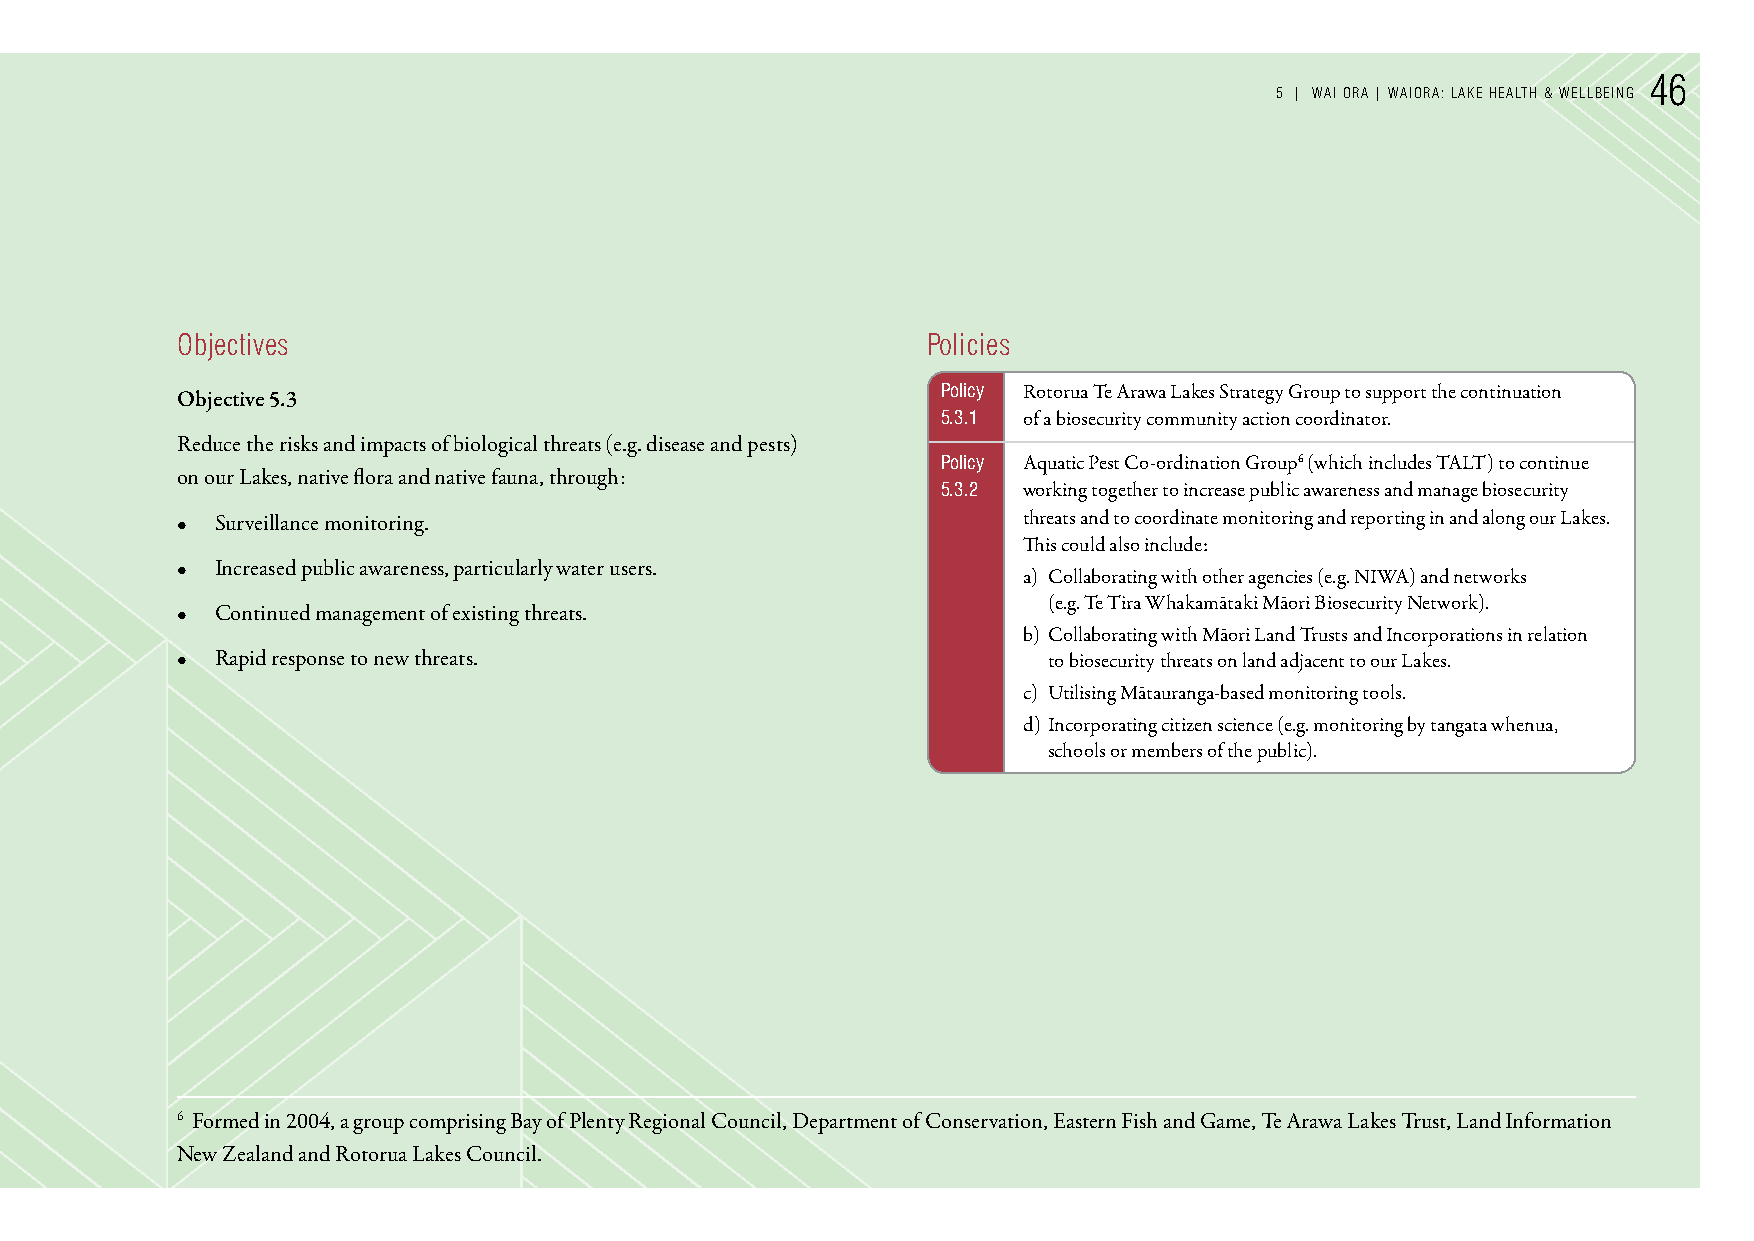
46
 5 | WAI orA | WAIorA: LAke HeALTH & WeLLBeInG
 objectives                                       Policies
 Policy Rotorua Te Arawa Lakes Strategy Group to support the continuation
 Objective 5.3
 5.3.1 of a biosecurity community action coordinator.
 Reduce the risks and impacts of biological threats (e.g. disease and pests)
 Policy Aquatic Pest Co-ordination Group6 (which includes TALT) to continue
 on our Lakes, native flora and native fauna, through:
 5.3.2 working together to increase public awareness and manage biosecurity
 • Surveillance monitoring.                              threats and to coordinate monitoring and reporting in and along our Lakes.
 This could also include:
 • Increased public awareness, particularly water users.
 a) Collaborating with other agencies (e.g. NIWA) and networks
 (e.g. Te Tira Whakamātaki Māori Biosecurity Network).
 • Continued management of existing threats.
 b) Collaborating with Māori Land Trusts and Incorporations in relation
 • Rapid response to new threats.                         to biosecurity threats on land adjacent to our Lakes.
 c) Utilising Mātauranga-based monitoring tools.
 d) Incorporating citizen science (e.g. monitoring by tangata whenua,
 schools or members of the public).
 6 Formed in 2004, a group comprising Bay of Plenty Regional Council, Department of Conservation, Eastern Fish and Game, Te Arawa Lakes Trust, Land Information
 New Zealand and Rotorua Lakes Council.